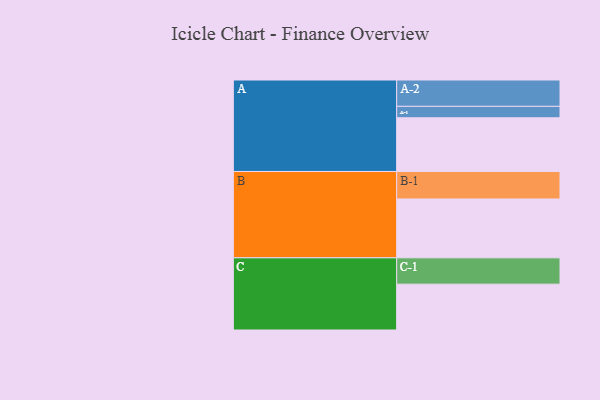
{"axis": {"x": "Segment", "y": "Value"}, "legend": ["", "A", "B", "C"], "data": [{"x": "A", "y": 512, "type": ""}, {"x": "B", "y": 561, "type": ""}, {"x": "C", "y": 437, "type": ""}, {"x": "A-1", "y": 109, "type": "A"}, {"x": "A-2", "y": 251, "type": "A"}, {"x": "B-1", "y": 262, "type": "B"}, {"x": "C-1", "y": 251, "type": "C"}]}